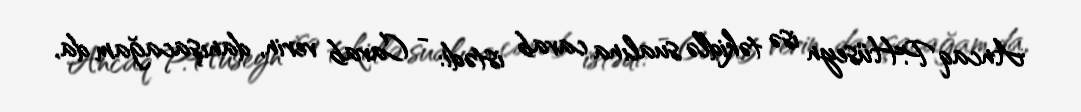
Ancaq P.Hüseyn isə təkidlə sualına cavab istədi: - Cavab verin, danışacağam da,